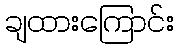
ချထားကြောင်း